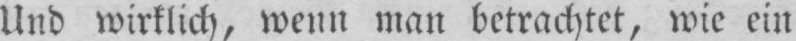
Und wirklich, wenn man betrachtet, wie ein